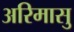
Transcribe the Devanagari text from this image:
अरिमासु